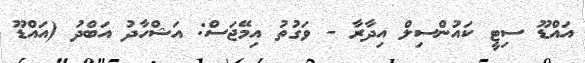
އައްޑޫ ސިޓީ ކައުންސިލް އިދާރާ - ވަގުތު އިމޭޖަސް: އަޝްހާދު އަބްދު (އައްޑޫ